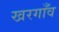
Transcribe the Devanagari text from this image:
खरगाँव